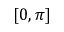
[ 0 , \pi ]